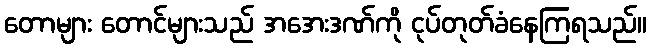
တောများ တောင်များသည် အအေးဒဏ်ကို ငုပ်တုတ်ခံနေကြရသည်။